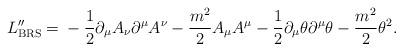
LaTeX: \begin{align*}L_{\rm BRS}'' = \mbox{}- \frac{1}{2}\partial_{\mu}A_{\nu}\partial^{\mu}A^{\nu} - \frac{m^{2}}{2}A_{\mu}A^{\mu} - \frac{1}{2}\partial_{\mu}\theta\partial^{\mu}\theta - \frac{m^{2}}{2}\theta^{2} .\end{align*}